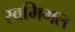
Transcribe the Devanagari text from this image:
स्वमिगल